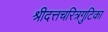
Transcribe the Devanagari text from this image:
श्रीदत्तचरित्रगुटिका